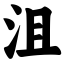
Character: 沮